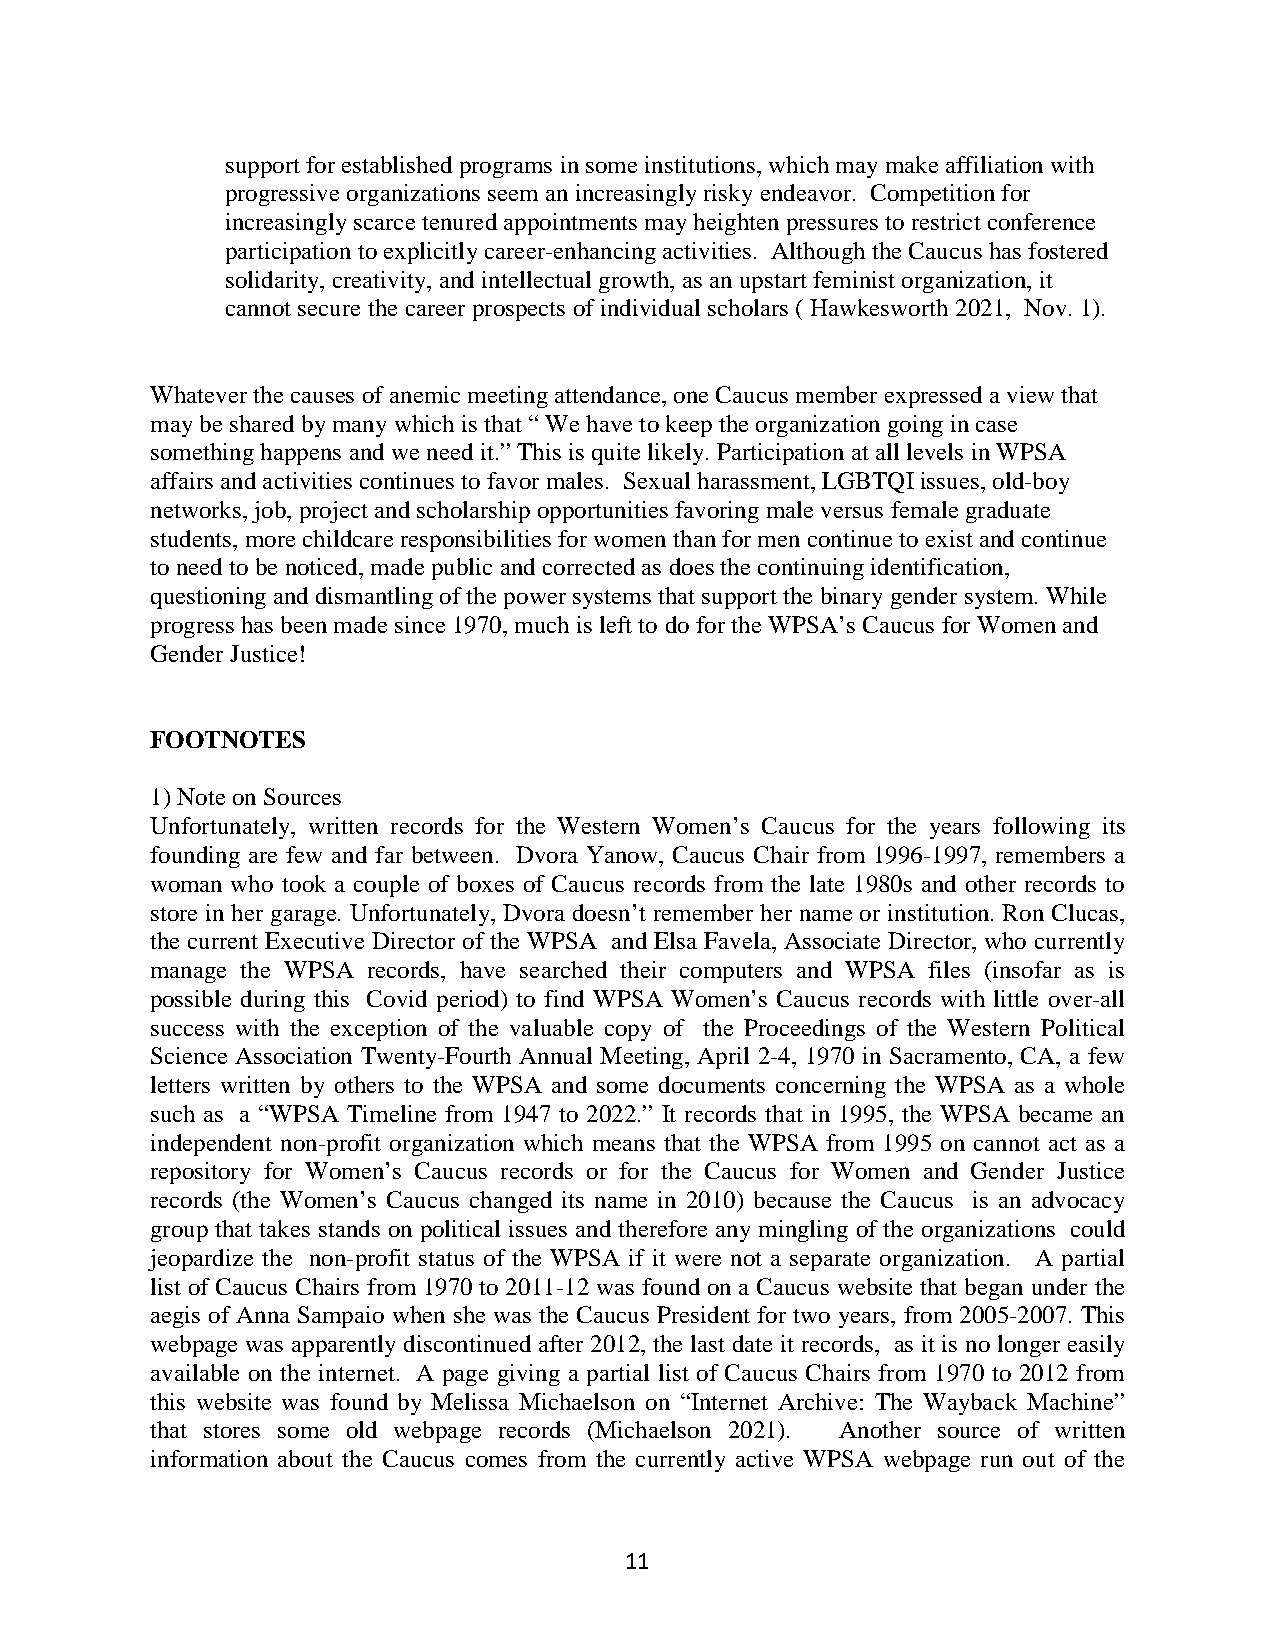
support for established programs in some institutions, which may make affiliation with
 progressive organizations seem an increasingly risky endeavor. Competition for
 increasingly scarce tenured appointments may heighten pressures to restrict conference
 participation to explicitly career-enhancing activities. Although the Caucus has fostered
 solidarity, creativity, and intellectual growth, as an upstart feminist organization, it
 cannot secure the career prospects of individual scholars ( Hawkesworth 2021, Nov. 1).
 Whatever the causes of anemic meeting attendance, one Caucus member expressed a view that
 may be shared by many which is that “ We have to keep the organization going in case
 something happens and we need it.” This is quite likely. Participation at all levels in WPSA
 affairs and activities continues to favor males. Sexual harassment, LGBTQI issues, old-boy
 networks, job, project and scholarship opportunities favoring male versus female graduate
 students, more childcare responsibilities for women than for men continue to exist and continue
 to need to be noticed, made public and corrected as does the continuing identification,
 questioning and dismantling of the power systems that support the binary gender system. While
 progress has been made since 1970, much is left to do for the WPSA’s Caucus for Women and
 Gender Justice!
 FOOTNOTES
 1) Note on Sources
 Unfortunately, written records for the Western Women’s Caucus for the years following its
 founding are few and far between. Dvora Yanow, Caucus Chair from 1996-1997, remembers a
 woman who took a couple of boxes of Caucus records from the late 1980s and other records to
 store in her garage. Unfortunately, Dvora doesn’t remember her name or institution. Ron Clucas,
 the current Executive Director of the WPSA and Elsa Favela, Associate Director, who currently
 manage the WPSA records, have searched their computers and WPSA files (insofar as is
 possible during this Covid period) to find WPSA Women’s Caucus records with little over-all
 success with the exception of the valuable copy of the Proceedings of the Western Political
 Science Association Twenty-Fourth Annual Meeting, April 2-4, 1970 in Sacramento, CA, a few
 letters written by others to the WPSA and some documents concerning the WPSA as a whole
 such as a “WPSA Timeline from 1947 to 2022.” It records that in 1995, the WPSA became an
 independent non-profit organization which means that the WPSA from 1995 on cannot act as a
 repository for Women’s Caucus records or for the Caucus for Women and Gender Justice
 records (the Women’s Caucus changed its name in 2010) because the Caucus is an advocacy
 group that takes stands on political issues and therefore any mingling of the organizations could
 jeopardize the non-profit status of the WPSA if it were not a separate organization. A partial
 list of Caucus Chairs from 1970 to 2011-12 was found on a Caucus website that began under the
 aegis of Anna Sampaio when she was the Caucus President for two years, from 2005-2007. This
 webpage was apparently discontinued after 2012, the last date it records, as it is no longer easily
 available on the internet. A page giving a partial list of Caucus Chairs from 1970 to 2012 from
 this website was found by Melissa Michaelson on “Internet Archive: The Wayback Machine”
 that stores some old webpage records (Michaelson 2021). Another source of written
 information about the Caucus comes from the currently active WPSA webpage run out of the
 11